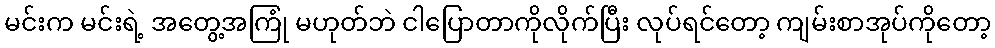
မင်းက မင်းရဲ့ အတွေ့အကြုံ မဟုတ်ဘဲ ငါပြောတာကိုလိုက်ပြီး လုပ်ရင်တော့ ကျမ်းစာအုပ်ကိုတော့